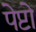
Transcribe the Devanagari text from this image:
पेप्टो